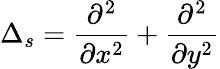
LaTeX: \Delta_{s}=\frac{\partial^{2}}{\partial x^{2}}+\frac{\partial^{2}}{\partial y^{2}}